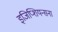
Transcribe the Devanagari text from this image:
इजिप्शियन्सना